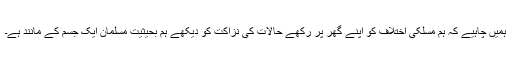
ہمیں چاہیے کہ ہم مسلکی اختلاف کو اپنے گھر پر رکھے حالات کی نزاکت کو دیکھے ہم بحیثیت مسلمان ایک جسم کے مانند ہے۔